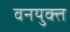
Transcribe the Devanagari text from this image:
वनयुक्त